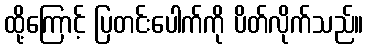
ထို့ကြောင့် ပြတင်းပေါက်ကို ပိတ်လိုက်သည်။